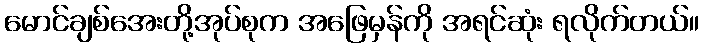
မောင်ချစ်အေးတို့အုပ်စုက အဖြေမှန်ကို အရင်ဆုံး ရလိုက်တယ်။